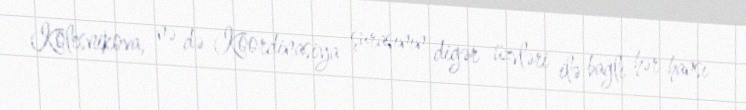
Kolesnikova, nə də Koordinasiya şurasının digər üzvləri ilə bağlı hər hansı